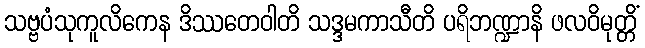
သဗ္ဗပံသုကူလိကေန ဒိဿတေဝါတိ သဒ္ဒမကာသီတိ ပရိဘဏ္ဍာနိ ဖလဝိမုတ္တိံ